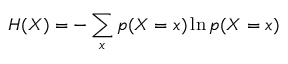
H ( X ) = - \sum _ { x } p ( X = x ) \ln p ( X = x )